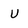
Character: U